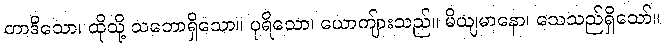
တာဒိသော၊ ထိုသို့ သဘောရှိသော။ ပုရိသော၊ ယောကျ်ားသည်။ မိယျမာနော၊ သေသည်ရှိသော်။